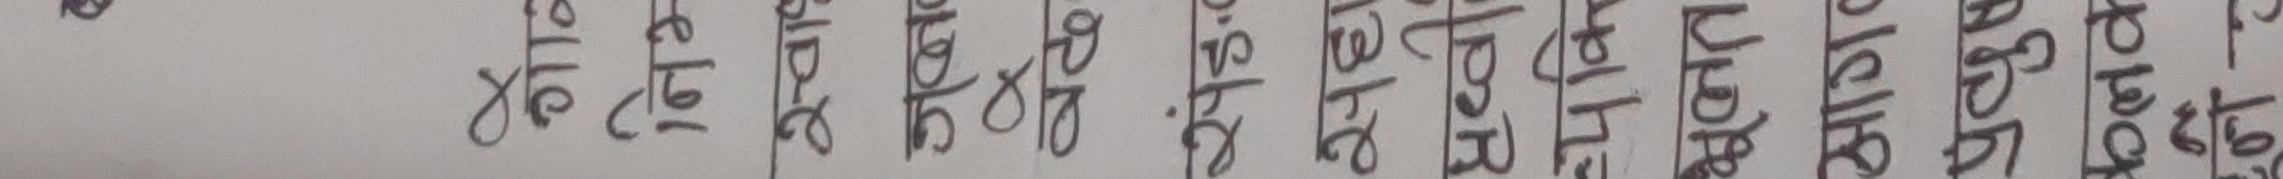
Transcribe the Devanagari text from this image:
लेखकहरुबाट